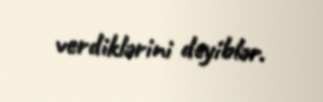
verdiklərini deyiblər.